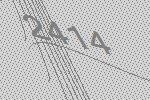
2414